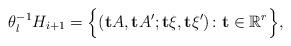
LaTeX: \begin{align*} \theta_{\l}^{-1}H_{i+1}=\Bigl\{ (\bold{t}A,\bold{t}A';\bold{t}\xi,\bold{t}\xi')\colon\bold{t}\in\mathbb{R}^{r}\Bigr\}, \end{align*}